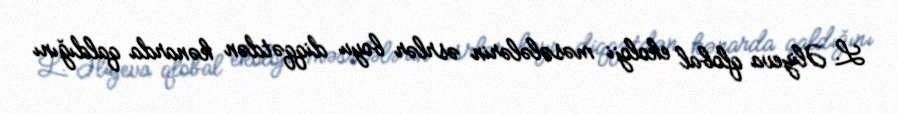
L. Əliyeva qlobal ekoloji məsələlərin əsrlər boyu diqqətdən kənarda qaldığını